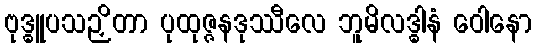
ဗုဒ္ဓူပသဉှိတာ ပုထုဇ္ဇနဒုဿီလေ ဘူမိလဒ္ဓါနံ ဝေါနော